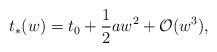
LaTeX: \begin{align*} t_\ast(w)=t_0+\frac{1}{2}aw^2+\mathcal{O}(w^3),\end{align*}